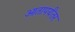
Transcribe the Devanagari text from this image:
आतापर्यंतर